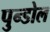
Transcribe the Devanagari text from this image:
पुन्डोल